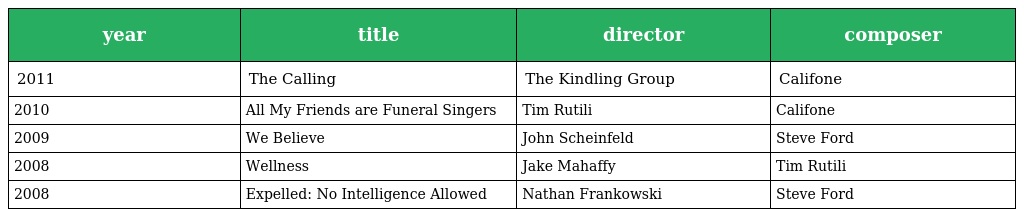
| year | title | director | composer |
 | --- | --- | --- | --- |
 | 2011 | The Calling | The Kindling Group | Califone |
 | 2010 | All My Friends are Funeral Singers | Tim Rutili | Califone |
 | 2009 | We Believe | John Scheinfeld | Steve Ford |
 | 2008 | Wellness | Jake Mahaffy | Tim Rutili |
 | 2008 | Expelled: No Intelligence Allowed | Nathan Frankowski | Steve Ford |